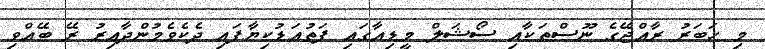
މި ޚަބަރު ރާއްޖޭގެ ނޫސްތަކާއި ސޯޝަލް މީޑިއާގައި ފަތުއަޑުކިޔާފައި ދެކެވެމުންދާއިރު ރޭ ބޭއްވި